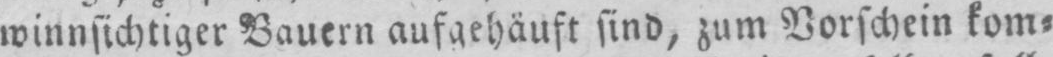
winnsichtiger Bauern aufgehäuft sind, zum Vorschein kom⸗